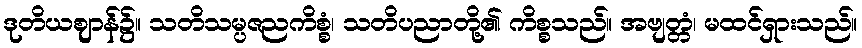
ဒုတိယဈာန်၌။ သတိသမ္ပဇညကိစ္စံ၊ သတိပညာတို့၏ ကိစ္စသည်။ အဗျတ္တံ၊ မထင်ရှားသည်။